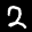
Label: 2